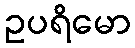
ဥပရိမော